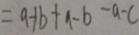
= a + b + a - b - a - c